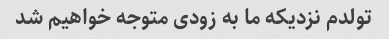
تولدم نزدیکه ما به زودی متوجه خواهیم شد